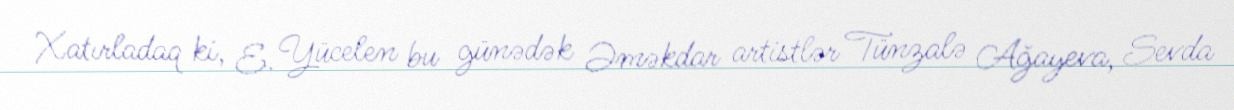
Xatırladaq ki, E. Yücelen bu günədək Əməkdar artistlər Tünzalə Ağayeva, Sevda